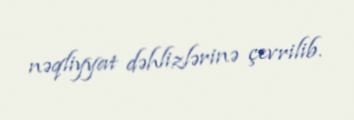
nəqliyyat dəhlizlərinə çevrilib.